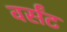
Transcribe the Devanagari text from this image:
वर्संट